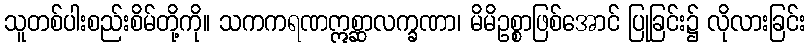
သူတစ်ပါးစည်းစိမ်တို့ကို။ သကကရဏဣစ္ဆာလက္ခဏာ၊ မိမိဥစ္စာဖြစ်အောင် ပြုခြင်း၌ လိုလားခြင်း